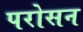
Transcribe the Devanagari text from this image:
परोसन